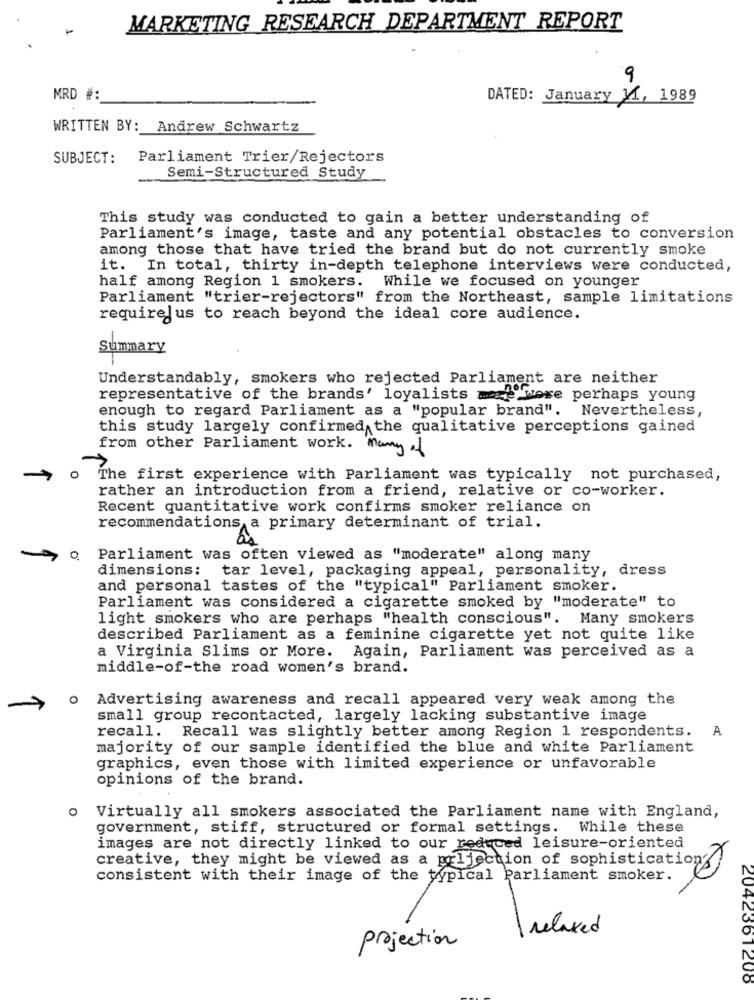
MARKETING RESEARCH DEPARTMENT REPORT
9
MRD #:
DATED: January 11, 1989
WRITTEN BY: Andrew Schwartz
SUBJECT:
Parliament Trier/Rejectors
Semi-Structured Study
This study was conducted to gain a better understanding of
Parliament's image, taste and any potential obstacles to conversion
among those that have tried the brand but do not currently smoke
it. In total, thirty in-depth telephone interviews were conducted,
half among Region 1 smokers. While we focused on younger
Parliament "trier-rejectors" from the Northeast, sample limitations
requirejus to reach beyond the ideal core audience.
Summary
Understandably, smokers who rejected Parliament are neither
representative of the brands' loyalists ma were perhaps young
enough to regard Parliament as a "popular brand". Nevertheless,
this study largely confirmed the qualitative perceptions gained
from other Parliament work. Many of
The first experience with Parliament was typically not purchased,
rather an introduction from a friend, relative or co-worker.
Recent quantitative work confirms smoker reliance on
recommendations a primary determinant of trial.
o Parliament was often viewed as "moderate" along many
dimensions: tar level, packaging appeal, personality, dress
and personal tastes of the "typical" Parliament smoker.
Parliament was considered a cigarette smoked by "moderate" to
light smokers who are perhaps "health conscious". Many smokers
described Parliament as a feminine cigarette yet not quite like
a Virginia Slims or More. Again, Parliament was perceived as a
middle-of-the road women's brand.
Advertising awareness and recall appeared very weak among the
small group recontacted, largely lacking substantive image
recall. Recall was slightly better among Region 1 respondents. A
majority of our sample identified the blue and white Parliament
graphics, even those with limited experience or unfavorable
opinions of the brand.
Virtually all smokers associated the Parliament name with England,
government, stiff, structured or formal settings. While these
images are not directly linked to our reduced leisure-oriented
creative, they might be viewed as a prijection of sophistication
consistent with their image of the typical Parliament smoker.
relaxed
projection
2042361208